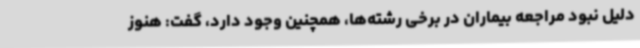
دلیل نبود مراجعه بیماران در برخی رشته‌ها، همچنین وجود دارد، گفت: هنوز